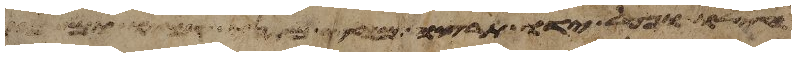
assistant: חילו ופעל ידו תרצה מחץ מתני קמיו